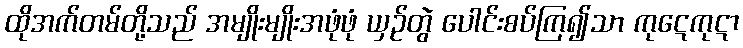
ထိုအက်တမ်တို့သည် အမျိုးမျိုးအဖုံဖုံ ယှဉ်တွဲ ပေါင်းစပ်ကြ၍သာ ကုဋေကုဋာ